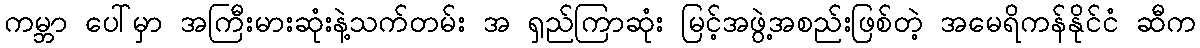
ကမ္ဘာ ပေါ်မှာ အကြီးမားဆုံးနဲ့သက်တမ်း အ ရှည်ကြာဆုံး မြင့်အဖွဲ့အစည်းဖြစ်တဲ့ အမေရိကန်နိုင်ငံ ဆီက